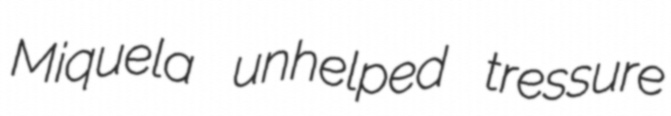
Miquela unhelped tressure